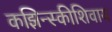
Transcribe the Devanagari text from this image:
कझिन्स्कीशिवाय